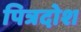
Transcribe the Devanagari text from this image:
पित्रदोश